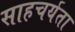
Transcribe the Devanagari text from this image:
साहचर्यता